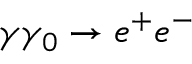
\gamma \gamma _ { 0 } \rightarrow e ^ { + } e ^ { - }